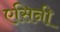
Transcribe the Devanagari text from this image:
एसिनी